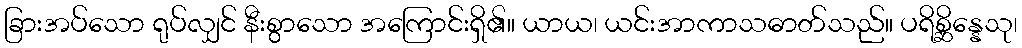
ခြားအပ်သော ရုပ်လျှင် နီးစွာသော အကြောင်းရှိ၏။ ယာယ၊ ယင်းအာကာသဓာတ်သည်။ ပရိစ္ဆိန္နေသု၊